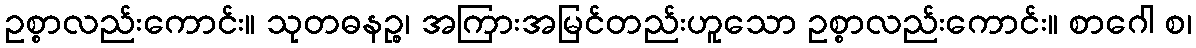
ဥစ္စာလည်းကောင်း။ သုတဓနဉ္စ၊ အကြားအမြင်တည်းဟူသော ဥစ္စာလည်းကောင်း။ စာဂေါ စ၊